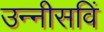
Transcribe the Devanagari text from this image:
उन्नीसविं